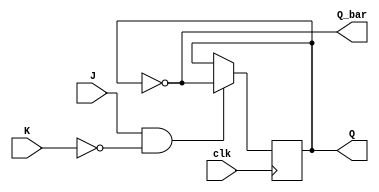
module jk_flip_flop (
  input wire J, // J input signal
  input wire K, // K input signal
  input wire clk, // Clock signal input
  output reg Q, // Q output signal
  output reg Q_bar // Q` output signal
);

always @(posedge clk) begin
  if (J & ~K) begin // If J is high and K is low
    Q <= ~Q; // Toggle Q
  end else if (J & K) begin // If both J and K are high
    // Do nothing, keep current state
  end else if (~J & ~K) begin // If both J and K are low
    // Hold current state
  end
end

assign Q_bar = ~Q; // Q bar is the complement of Q

endmodule